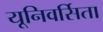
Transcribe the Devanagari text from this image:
यूनिवर्सिता